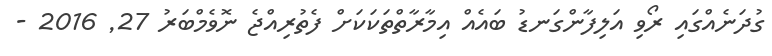
ގުދަނެއްގައި ރޯވި އަލިފާންގަނޑު ބައެއް އިމާރާތްތަކަކަށް ފެތުރިއްޖެ ނޮވެމްބަރު 27